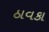
ઠાવકા